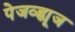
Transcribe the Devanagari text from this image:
पेजव्ह्यूज